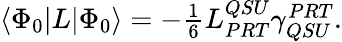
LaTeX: \begin{array}{r}{\langle{\Phi_{0}}|L|{\Phi_{0}}\rangle=-\frac{1}{6}L_{PRT}^{QSU}\gamma_{QSU}^{PRT}.}\end{array}